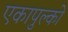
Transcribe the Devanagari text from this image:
एकापुल्को